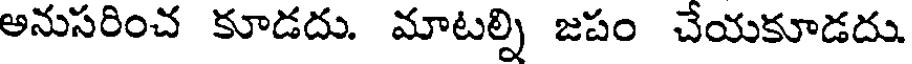
అనుసరించ కూడదు. మాటల్ని జపం చేయకూడదు